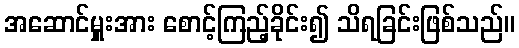
အဆောင်မှူးအား စောင့်ကြည့်ခိုင်း၍ သိရခြင်းဖြစ်သည်။